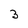
Character: 3